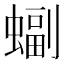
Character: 𫋖